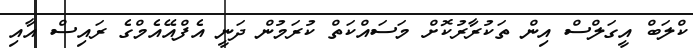
ކްލަބް އީގަލްސް އިން ތަކުރާރުކޮށް މަސައްކަތް ކުރަމުން ދަނީ އެފްއޭއެމްގެ ރައިސް އާއި